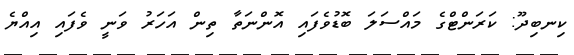
ކިނބިދޫ: ކަރަންޓްގެ މައްސަލަ ބޮޑުވެފައި އޮންނަތާ ތިން އަހަރު ވަނީ ވެފައި އިއްޔެ